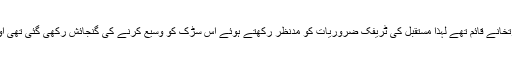
ماضی میں اس سڑک پر متعدد سفارتخانے قائم تھے لہٰذا مستقبل کی ٹریفک ضروریات کو مدنظر رکھتے ہوئے اس سڑک کو وسیع کرنے کی گنجائش رکھی گئی تھی اور وہاں درخت لگا دئیے گئے تھے۔